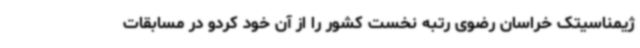
ژیمناسیتک خراسان رضوی رتبه نخست کشور را از آن خود کردو در مسابقات